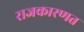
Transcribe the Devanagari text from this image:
राजकारणत